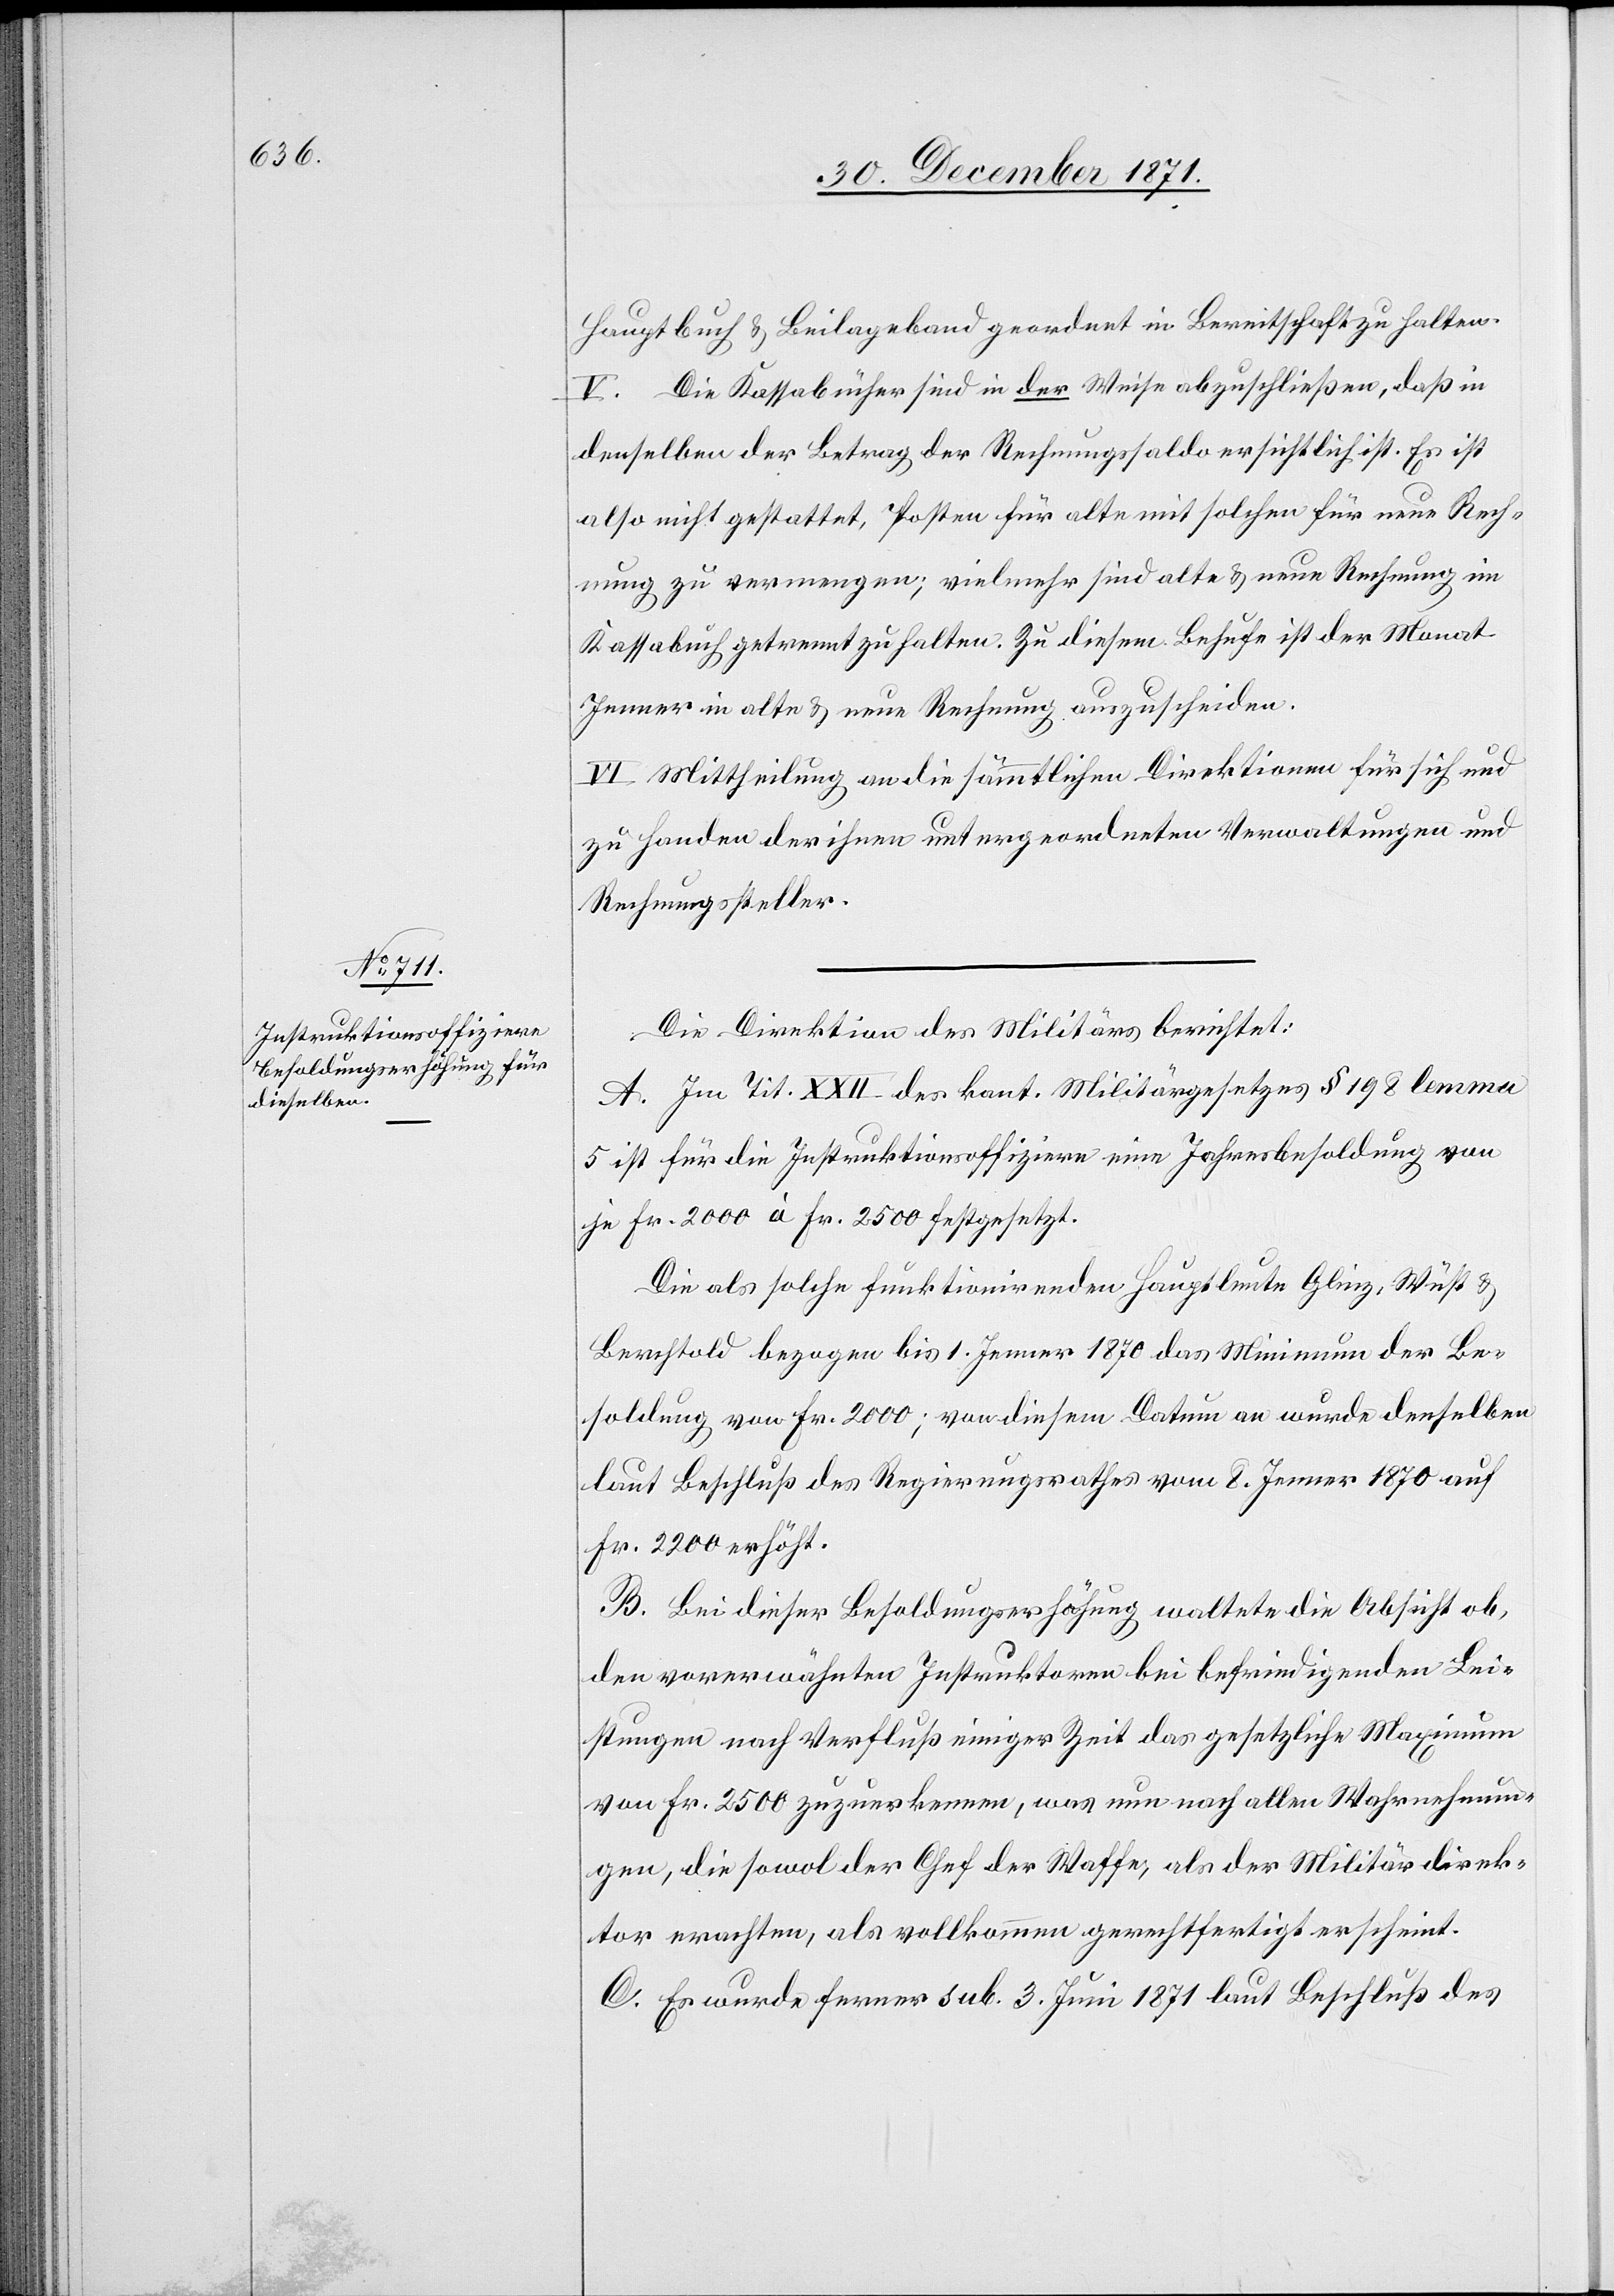
Hauptbuch & Beilageband geordnet in Bereitschaft zu halten.
V. Die Kassabücher sind in der Weise abzuschließen, daß in
denselben der Betrag der Rechnungssaldo ersichtlich ist. Es ist
also nicht gestattet, Posten für alte mit solchen für neue Rech¬
nung zu vermengen, vielmehr sind alte & neue Rechnung im
Kassabuch getrennt zu halten. Zu diesem Behufe ist der Monat
Jenner in alte & neue Rechnung auszuscheiden.
VI. Mittheilung an die sämmtlichen Direktionen für sich und
zu Handen der ihnen untergeordneten Verwaltungen und
Rechnungssteller.
Die Direktion des Militärs berichtet:
A. Im Tit. XXII des kant. Militärgesetzes § 198 lemma
5 ist für die Instruktionsoffiziere eine Jahresbesoldung von
je Fr. 2000 à Fr. 2500 festgesetzt.
Die als solche funktionirenden Hauptleute Glinz, Wüst &
Berchtold bezogen bis 1. Jenner 1870 das Minimum der Be¬
soldung von Fr. 2000; von diesem Datum an wurde derselbe
laut Beschluß des Regierungsrathes vom 8. Jenner 1870 auf
Fr. 2200 erhöht.
B. Bei dieser Besoldungserhöhung waltete die Absicht ob,
der vorerwähnten Instruktoren bei befriedigenden Lei¬
stungen nach Verfluß einiger Zeit das gesetzliche Maximum
von Fr. 2500 zuzuerkennen, was nun nach allen Wahrnehmun¬
gen, die sowol der Chef der Waffe, als der Militärdirek¬
tor erachten, als vollkommen gerechtfertigt erscheint.
C. Es wurde ferner sub. 3. Juni 1871 laut Beschluß des